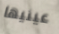
عينيها